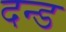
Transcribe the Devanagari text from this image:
दन्ड